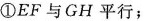
①EF与GH平行；